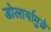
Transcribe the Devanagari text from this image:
डोलार्यामुळे